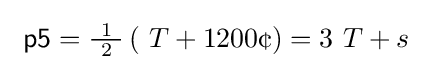
\ {\mathsf {p5}}={\tfrac {\ 1\ }{2}}\left(\ T+1200{\text{¢}}\right)=3\ T+s\